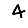
Digit: 4